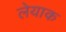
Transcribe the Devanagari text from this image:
लेयाक